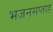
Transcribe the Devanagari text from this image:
भजनसप्ताह